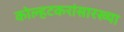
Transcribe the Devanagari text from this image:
कोल्हटकरांसारख्या